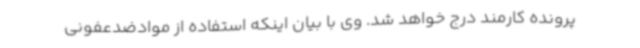
پرونده کارمند درج خواهد شد. وی با بیان اینکه استفاده از موادضدعفونی